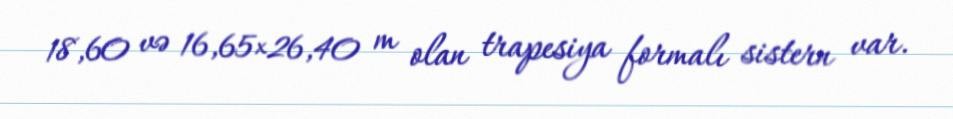
18,60 və 16,65×26,40 m olan trapesiya formalı sistern var.